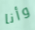
وأنا